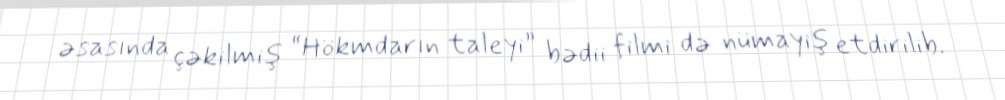
əsasında çəkilmiş “Hökmdarın taleyi” bədii filmi də nümayiş etdirilib.